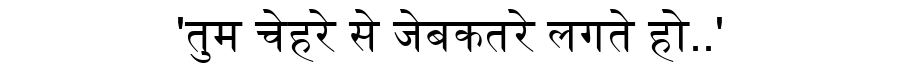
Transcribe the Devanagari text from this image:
'तुम चेहरे से जेबकतरे लगते हो..'